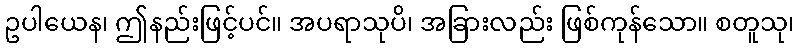
ဥပါယေန၊ ဤနည်းဖြင့်ပင်။ အပရာသုပိ၊ အခြားလည်း ဖြစ်ကုန်သော။ စတူသု၊